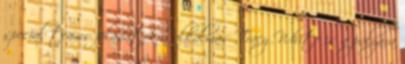
special teams feladatokra alkalmas Tracy White is a pályára